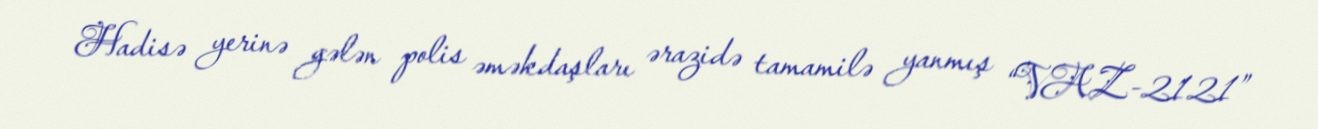
Hadisə yerinə gələn polis əməkdaşları ərazidə tamamilə yanmış “VAZ-2121”